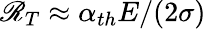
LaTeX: \mathscr{R}_{T}\approx\alpha_{th}E/(2\sigma)